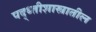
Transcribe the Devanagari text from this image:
पद्ध्तीशास्त्रातील